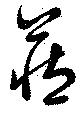
蔵